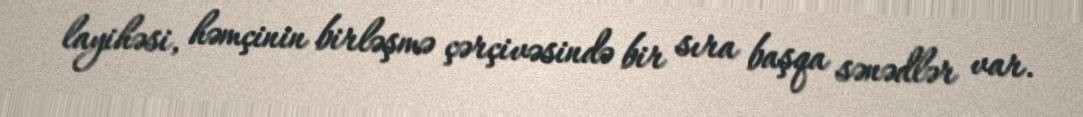
layihəsi, həmçinin birləşmə çərçivəsində bir sıra başqa sənədlər var.